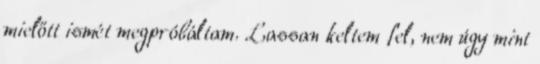
mielőtt ismét megpróbáltam. Lassan keltem fel, nem úgy mint